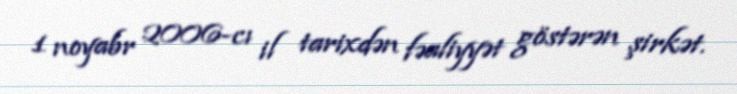
1 noyabr 2006-cı il tarixdən fəaliyyət göstərən şirkət.